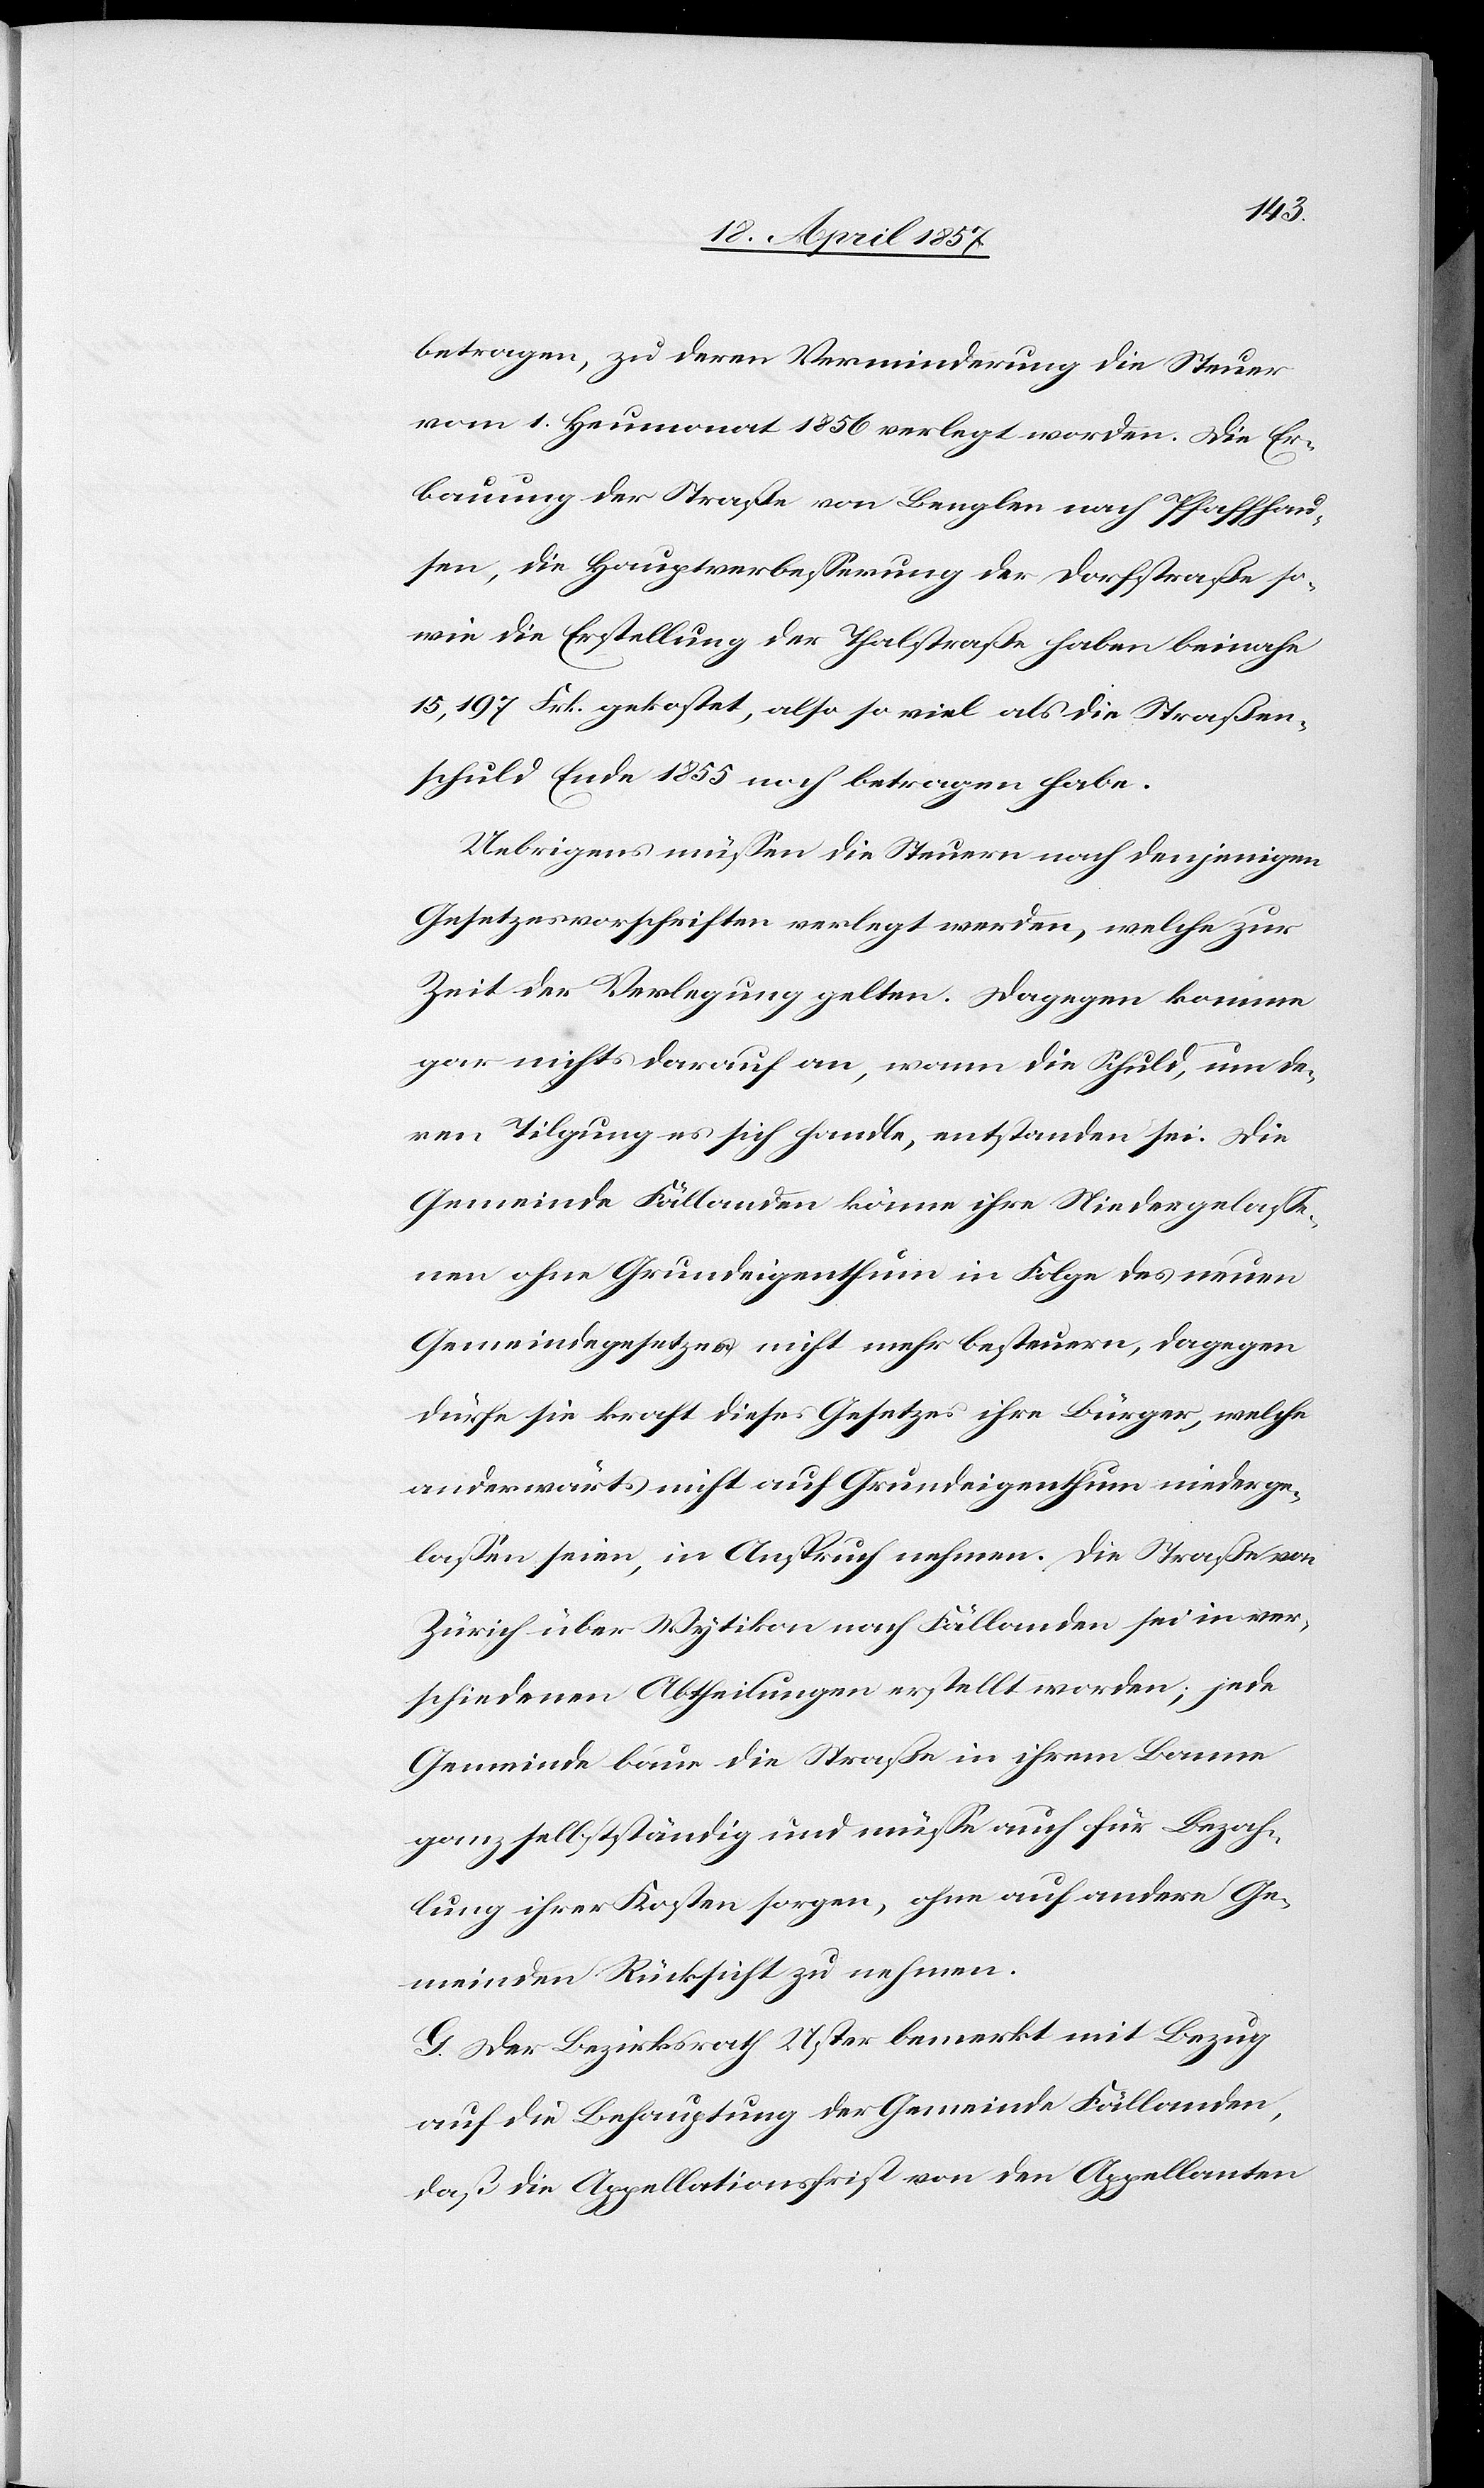
betragen, zu deren Verminderung die Steuer
vom 1. Heumonat 1856 verlegt worden. Die Er¬
bauung der Straße von Benglen nach Pfaffhau¬
sen, die Hauptverbesserung der Dorfstraße so¬
wie die Erstellung der Thalstraße haben beinahe
15,197 Frk. gekostet, also so viel als die Straßen¬
schuld Ende 1855 noch betragen habe.
Uebrigens müssen die Steuern nach denjenigen
Gesetzesvorschriften verlegt werden, welche zur
Zeit der Verlegung gelten. Dagegen komme
gar nichts darauf an, wann die Schuld, um de¬
ren Tilgung es sich handle, entstanden sei. Die
Gemeinde Fällanden könne ihre Niedergelasse¬
nen ohne Grundeigenthum in Folge des neuen
Gemeindegesetzes nicht mehr besteuern, dagegen
dürfe sie kraft dieses Gesetzes ihre Bürger, welche
anderwärts nicht auf Grundeigenthum niederge¬
lassen seien, in Anspruch nehmen. Die Straße von
Zürich über Wytikon nach Fällanden sei in ver¬
schiedenen Abtheilungen erstellt worden; jede
Gemeinde baue die Straße in ihrem Banne
ganz selbstständig und müsse auch für Bezah¬
lung ihrer Kosten sorgen, ohne auf andere Ge¬
meinden Rücksicht zu nehmen.
G. Der Bezirksrath Uster bemerkt mit Bezug
auf die Behauptung der Gemeinde Fällanden,
daß die Appellationsfrist von den Appellanten